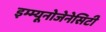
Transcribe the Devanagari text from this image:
इम्म्यूनोजेनेसिटी